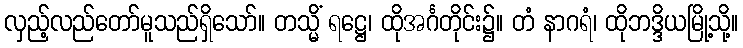
လှည့်လည်တော်မူသည်ရှိသော်။ တသ္မိံ ရဋ္ဌေ၊ ထိုအင်္ဂတိုင်း၌။ တံ နာဂရံ၊ ထိုဘဒ္ဒိယမြို့သို့။